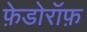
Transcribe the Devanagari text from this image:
फ़ेडोरॉफ़